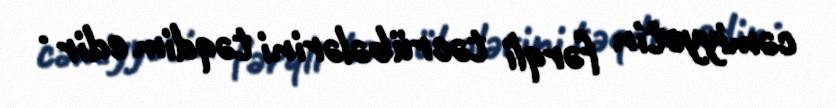
cəmiyyətin fərqli təcrübələrini təqdim edir .